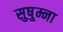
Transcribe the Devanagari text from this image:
सुषु्म्ना